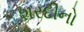
શરદીનો